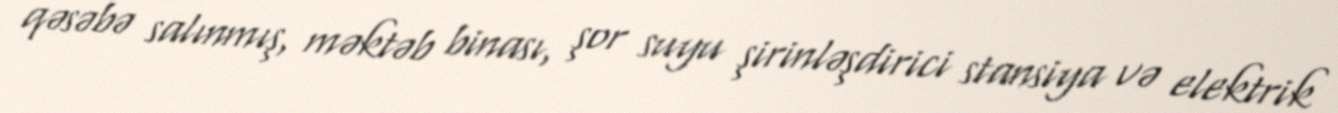
qəsəbə salınmış, məktəb binası, şor suyu şirinləşdirici stansiya və elektrik